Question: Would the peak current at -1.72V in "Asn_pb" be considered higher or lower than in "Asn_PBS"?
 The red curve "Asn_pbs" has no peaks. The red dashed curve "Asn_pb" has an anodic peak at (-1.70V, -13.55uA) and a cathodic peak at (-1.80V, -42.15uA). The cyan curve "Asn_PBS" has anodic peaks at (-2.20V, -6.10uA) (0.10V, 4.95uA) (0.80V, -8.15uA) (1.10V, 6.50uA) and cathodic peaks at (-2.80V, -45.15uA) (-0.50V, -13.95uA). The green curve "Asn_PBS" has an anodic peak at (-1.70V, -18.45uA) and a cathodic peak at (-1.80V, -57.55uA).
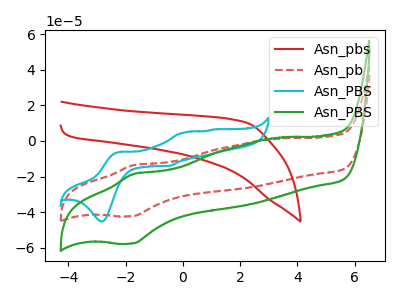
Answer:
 <answer>The peak at -1.72V is higher in "Asn_pb" than in "Asn_PBS".</answer>
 <eval>higher</eval>